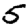
Digit: 5